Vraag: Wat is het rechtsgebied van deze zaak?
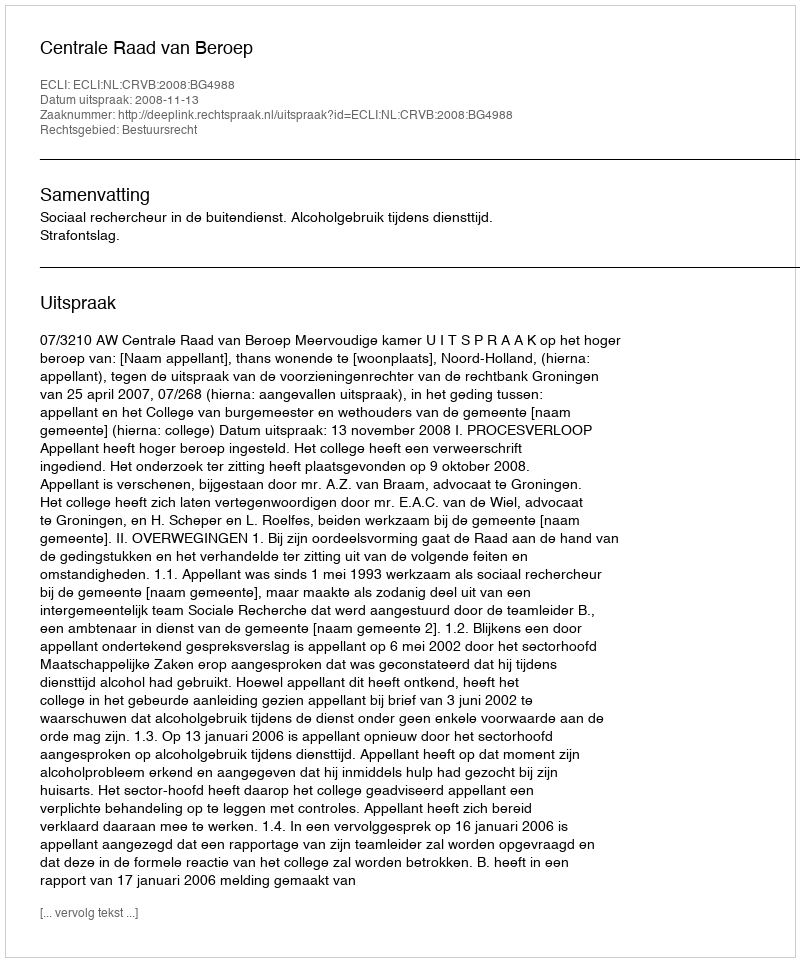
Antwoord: Bestuursrecht